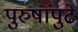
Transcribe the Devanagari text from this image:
पुरुषांपुढे